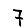
Digit: 7